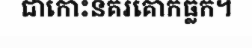
ជាកោះនគរគោកធ្លក។